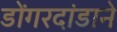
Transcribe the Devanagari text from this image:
डोंगरदांडाने